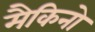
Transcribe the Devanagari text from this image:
मैकिनो